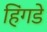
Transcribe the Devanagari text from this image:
हिंगडे